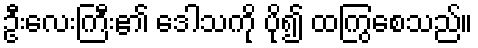
ဦးလေးကြီး၏ ဒေါသကို ပို၍ ထကြွစေသည်။